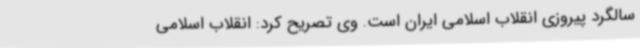
سالگرد پیروزی انقلاب اسلامی ایران است. وی تصریح کرد: انقلاب اسلامی